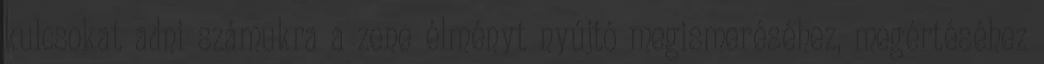
kulcsokat adni számukra a zene élményt nyújtó megismeréséhez, megértéséhez